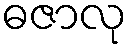
ဓဇာလု